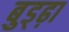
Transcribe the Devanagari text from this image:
बुड्ढ़ा